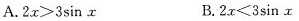
A.$$2 x > 3 \sin x$$B.$$2 x ≤ 3 \sin x$$